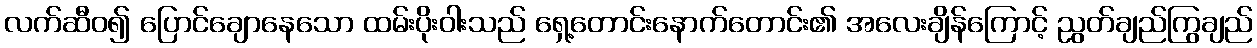
လက်ဆီဝ၍ ပြောင်ချောနေသော ထမ်းပိုးဝါးသည် ရှေ့တောင်းနောက်တောင်း၏ အလေးချိန်ကြောင့် ညွတ်ချည်ကြွချည်